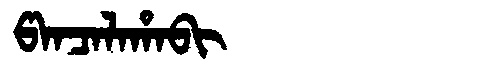
Manchu: ᡦᠠᠨᠴᠠᠯᠠᡥᠠᠪᡳ
Romanization: PANCALAHABI